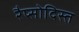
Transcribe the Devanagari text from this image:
रैप्सोदिस्त